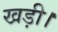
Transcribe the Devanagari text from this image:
खड़ी।